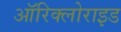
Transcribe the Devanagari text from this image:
ऑरिक्लोराइड